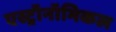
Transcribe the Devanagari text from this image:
एस्ट्रॉनॉमिकल